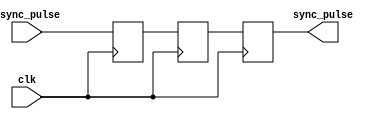
module pulse_synchronizer (
  input wire clk, // common clock signal
  input wire async_pulse, // asynchronous pulse input
  output reg sync_pulse // synchronized pulse output
);

reg dff1, dff2;

always @(posedge clk) begin
  dff1 <= async_pulse;
  dff2 <= dff1;
  sync_pulse <= dff2;
end

endmodule